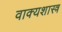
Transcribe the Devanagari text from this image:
वाक्यशास्त्र